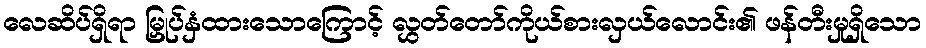
လေဆိပ်ရှိရာ မြှုပ်နှံထားသောကြောင့် လွှတ်တော်ကိုယ်စားလှယ်လောင်း၏ ဖန်တီးမှုရှိသော